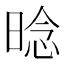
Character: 𱢌